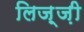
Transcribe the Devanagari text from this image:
लिज़्ज़ी